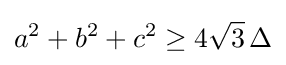
a^{2}+b^{2}+c^{2}\geq 4{\sqrt {3}}\,\Delta